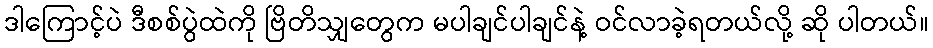
ဒါကြောင့်ပဲ ဒီစစ်ပွဲထဲကို ဗြိတိသျှတွေက မပါချင်ပါချင်နဲ့ ဝင်လာခဲ့ရတယ်လို့ ဆို ပါတယ်။